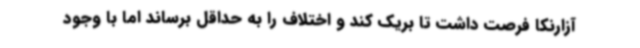
آزارنکا فرصت داشت تا بریک کند و اختلاف را به حداقل برساند اما با وجود